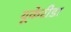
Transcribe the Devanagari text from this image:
यूकेरीडा